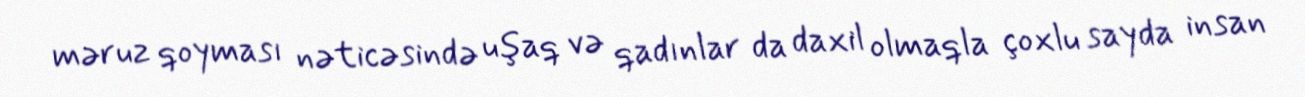
məruz qoyması nəticəsində uşaq və qadınlar da daxil olmaqla çoxlu sayda insan